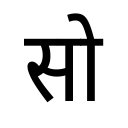
OCR:
सो